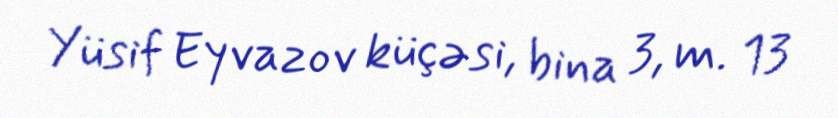
Yüsif Eyvazov küçəsi, bina 3, m. 13